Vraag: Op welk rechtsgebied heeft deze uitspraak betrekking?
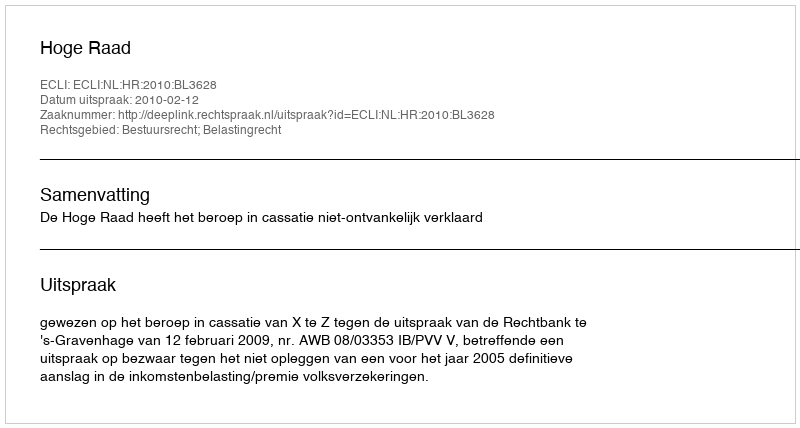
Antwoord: Bestuursrecht; Belastingrecht